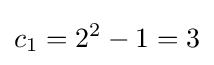
c_{1}=2^{2}-1=3